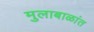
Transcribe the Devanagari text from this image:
मुलाबाळांत